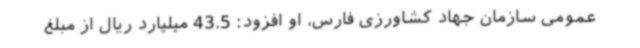
عمومی سازمان جهاد کشاورزی فارس، او افزود: 43.5 میلیارد ریال از مبلغ